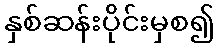
နှစ်ဆန်းပိုင်းမှစ၍